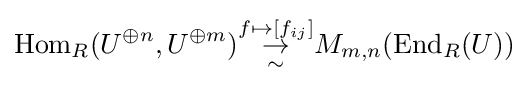
\operatorname {Hom} _{R}(U^{\oplus n},U^{\oplus m}){\overset {f\mapsto [f_{ij}]}{\underset {\sim }{\to }}}M_{m,n}(\operatorname {End} _{R}(U))